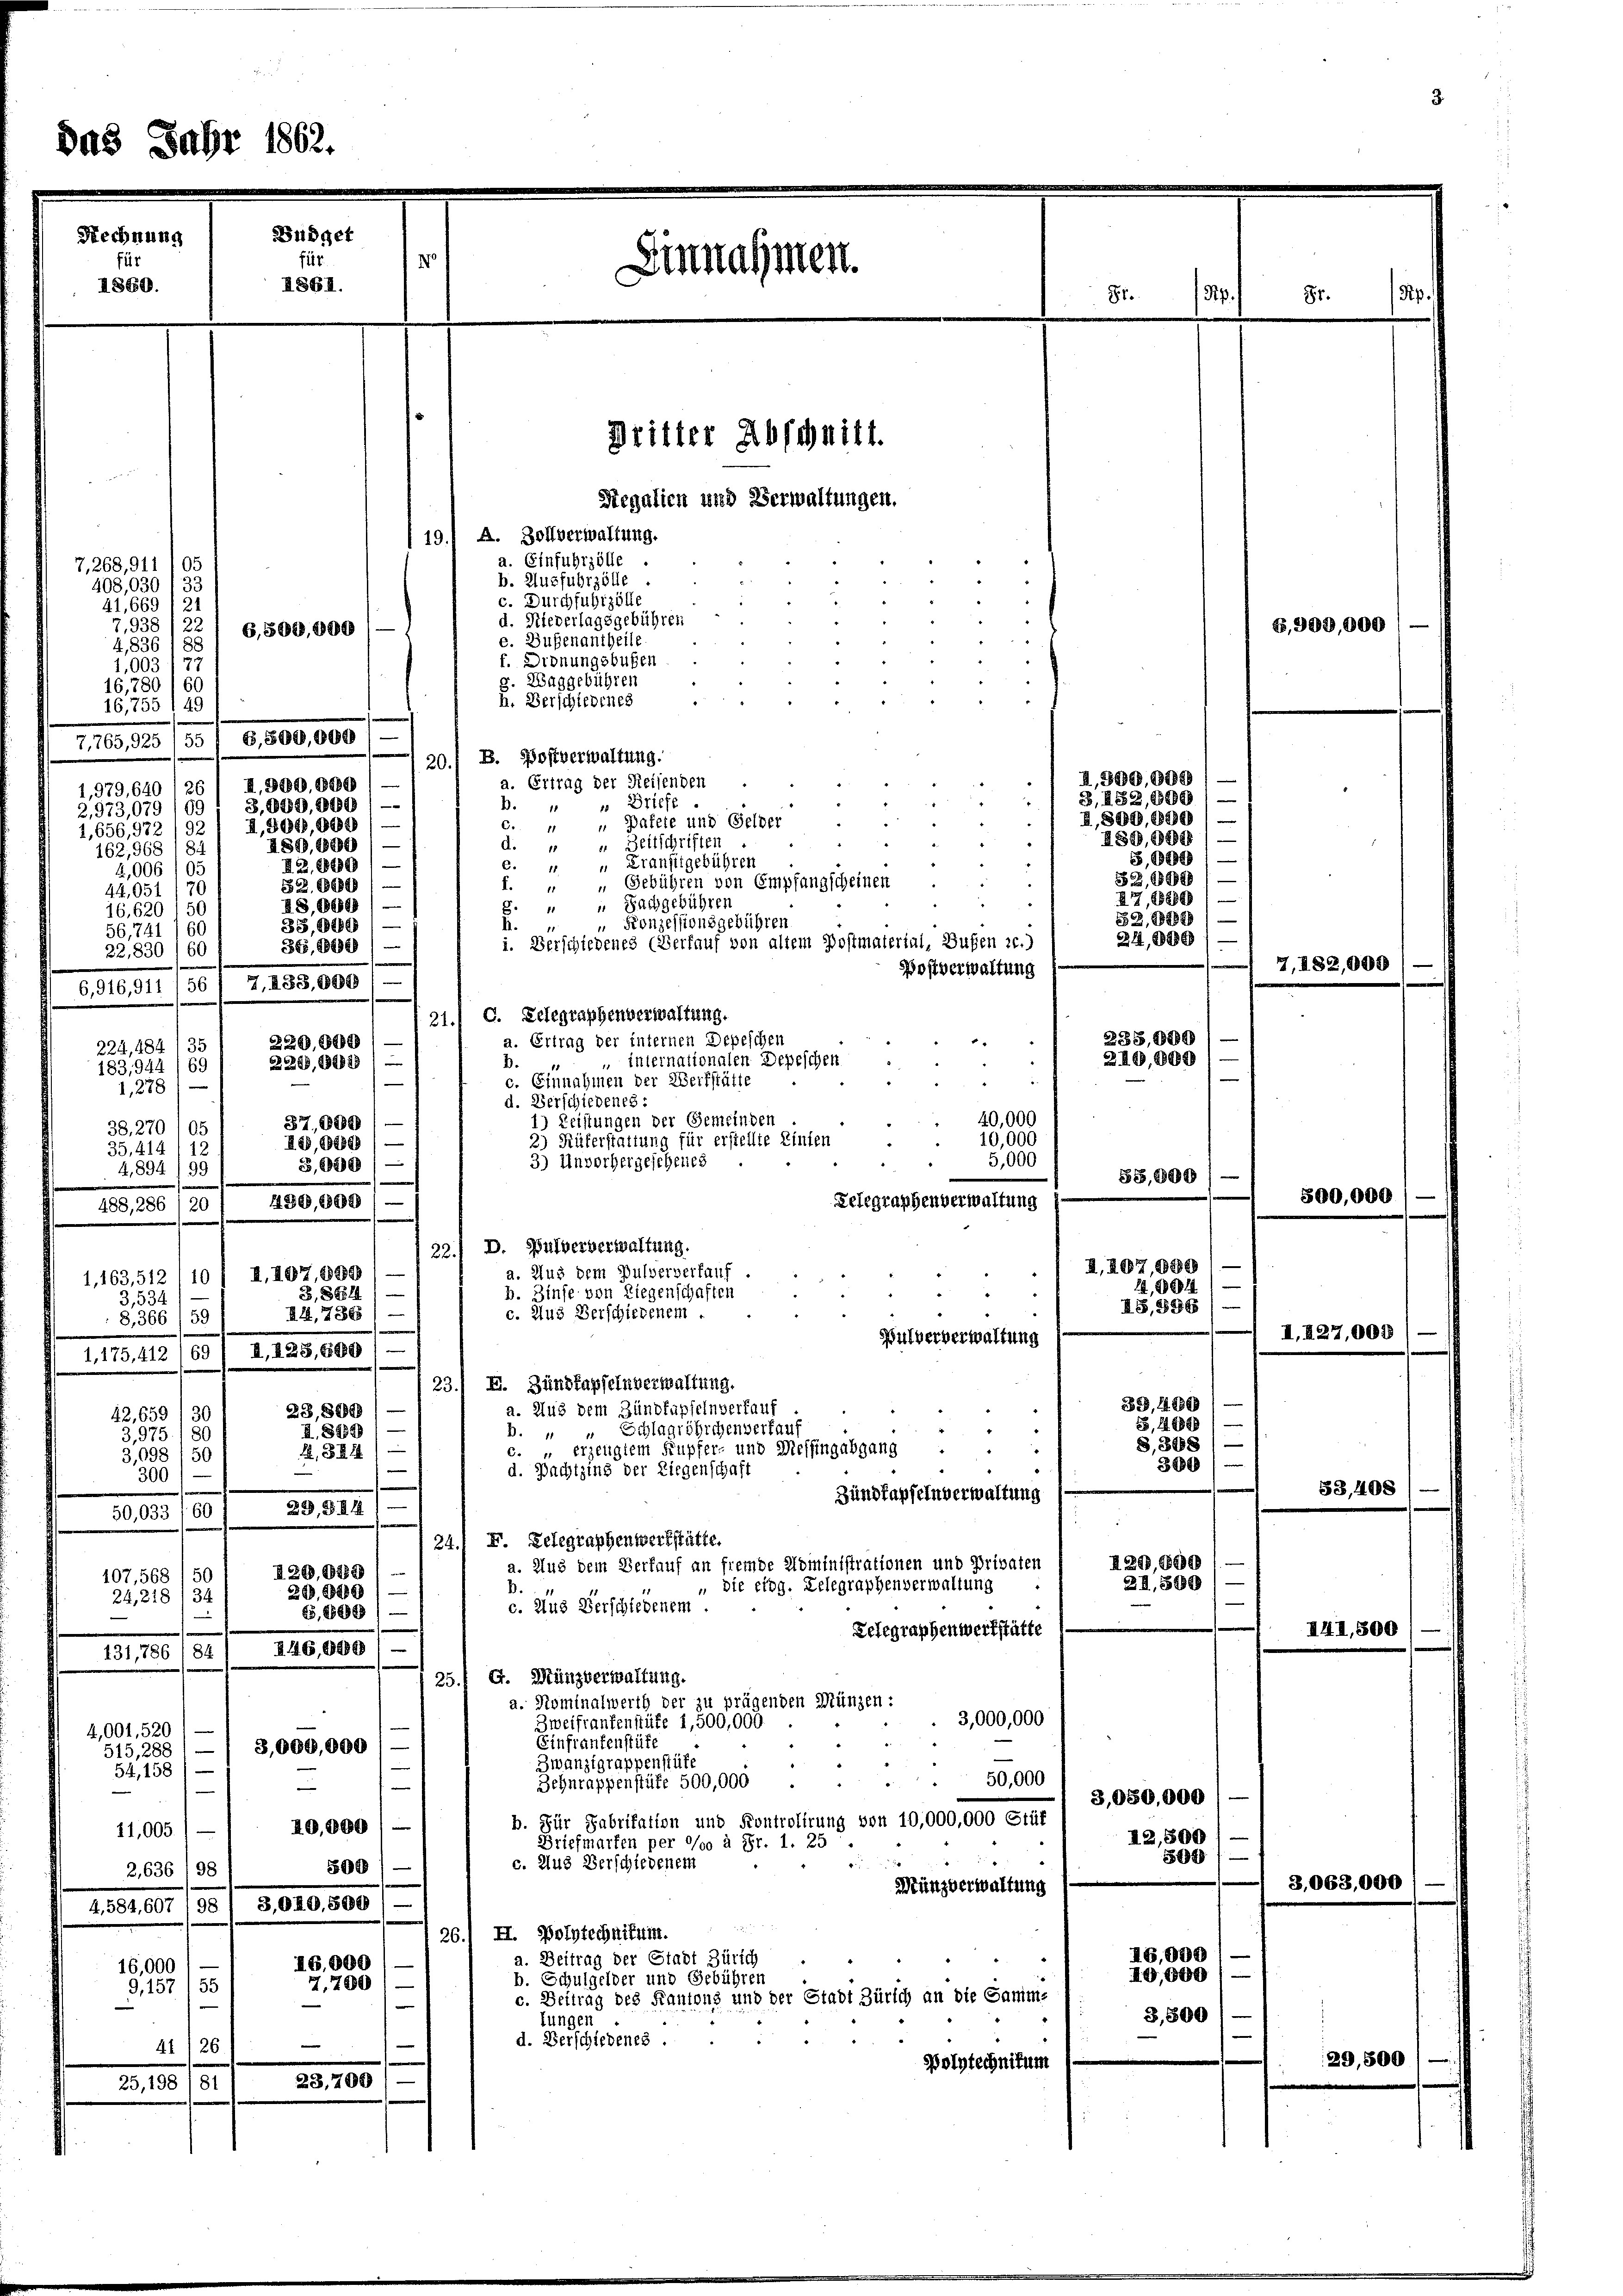
Das Jahr 1862.

Rechnung
1860.

19.) A. Zollverwaltung.
a. Einfuhrzölle
7,268, 911/05
b. Ausfuhrzölle
408,030
c. Durchfuhrzölle
41,669
d. Niederlagsgebühren
7,938
G,500,000
e. Bußenantheile
4,836
f. Dronungsbußen
1,000
g. Waggebühren
16,780/6.
h. Verschiedenes
16,755 1 49
7160, 129. /5/18,800,000
B. Postverwaltung.
20
a. Ertrag der Reisenden
II. 320,000)
1,979, 640 126
b. " " Briefe
3,929,000) —
2,973,079 (69
c. " " Pakete und Selber
1,656,972 /92 1 II,300,000
d. " " Zeitschriften
"
ABG,6800
162,968 181
e. " " Fransitgebühren
I2.8820/
4,006 105
f. " " Gebühren von Empfangscheinen
52. 68680
44,051/70
8. " " Sachgebühren
B,8899) —
16,620 156
 Konzessionsgebühren.
h
35, 1888 —
56,741 (66
i. Verschiedenes (Verfauf von altem Postmaterial, Bußen 20.)
865, 1456)
22,830/ 60
Postverwaltung
6,916,911 156 / 7, 433,800 / —
G. Gelegraphenverwaltung.
21.
a. Ertrag der internen Depeschen
229,000
224,484, 35
B. " " internationalen Depeschen
2288, 194828) —
183,944/69
c. Einnahmen der Werkstätte
1, 228
d. Verschiedenes:
40,000
) Leistungen der Gemeinden
37,009) —
38. 270 105
10,000
2.) Rüferstattung für erstellte Zinsen
,8289) —
35, 414 (12
5,000
3) Unvorhergeschenes
3,000)
4,894/99
Telegraphenverwaltung
488, 286 (20 / 430, 808 / —
22.) D. Pulververwaltung.
a. Aus dem Pulververkauf
1,163,512 (10 / I,107, 889
b. Zinse von Liegenschaften
B,864)
3,534
c. Aus Verschiedenem
AA,786)
8, 366 / 59
Bulververwaltung
1.175, 412 (69 / I,128,6091—
23.) E. Zündkapfeln verwaltung.
a. Aus dem Zündfupfeln verkauf
23,889
42,659 (30
" Schlagröhrchenverkauf
B.4
I. 849
3,975. 180
c. " erzeugtem Kupfer- und Messingabgang ..
12, S. 14
3,098/50
e
d. Pachtzing der Liegenschaft
300
Zundkapselnverwaltung
22, S. 111
50,033 (60
24., F. Gelegraphenwerkstätte.
a. Aus dem Verkauf an fremde Doministrationen und Privaten
120, 1188
107,568 /50
 die eidg. Delegraphenverwaltung
B.
29. 8200
24, 218 134
c. Aus Verschiedenem
B,8598)
e
Telegraphenwerkstätte
84/ 246,880)
131, 780
G. Münzverwaltung.
25
a. Rominalwerth der zu prügenden Münzen:
3,000,000
Zweifrankenstüke 1,500,000.
4,001,520
Einfrankenstüke
515,288) — / 3,000,000 /
Zwanzigrappenstüke
54,158) —
50,000
Behnrappenstüfe 500,000
e
b. Für Fabritation und Kontrolirung von 10,000,000 Stüf
40,000
11,005.
Briefmarken per °/00 à Fr. 1. 25
c. Zug Verschiedenem
300
2,636 98
Münzverwaltung
3,040,800
4. 584,607 / 98
.
26. II. Polytechnitum.
a. Beitrag der Stadt Zürich
16,000
16,000
b. Schulgelder und Gebühren
2,700
9,157 (55
c. Beitrag des Kantons und der Stadt Zürich an die Samms
e
tungen
d. Verschiedenes .

41/26
Polytechnitum
30,100
25, 198 181

Büdget
für
.
Einnahmen.
864.
Dritter Abschnitt.

Segalien und Verwaltungen.

“

8r.
85. 50.

II,800,000
, 82,000
I,899, 1890
A89,888) —
B,82091—
B,89
27, 18889
52,88888
24,889)
7, 182,000
235,000
20,800

I. 287, 889
24,04
AG,836/ —

88,800

299,8800
20,800

3,080,000
12,500
504

I0,800
3,500

I6,000

E, 999,000

300,000

53,408

I.127,000

39, 11880
65, 1488
8,388 / —
300

s

IIII, 500

8,063,000

29,500